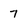
Character: 7